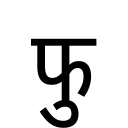
OCR:
फु